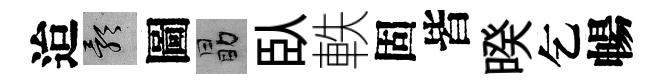
迨影圖勗臥軼固皆暌乞暢